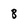
Character: 8